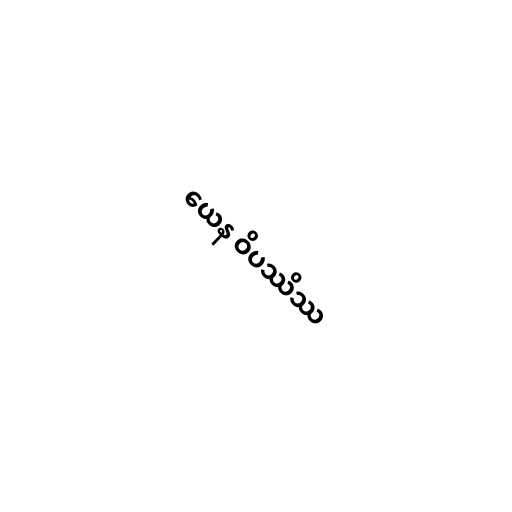
ယေန ဝိပဿိဿ